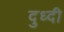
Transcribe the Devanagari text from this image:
दुध्दी